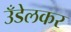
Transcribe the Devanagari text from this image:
उँडेलकर